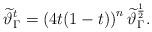
LaTeX: \begin{align*} \widetilde \vartheta_\Gamma^{t} = \left(4 t(1-t)\right)^n \widetilde \vartheta_\Gamma^{\frac 1 2}.\end{align*}